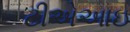
ટીએઆઇ